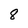
Character: 8